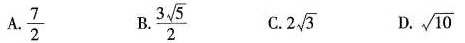
A.\frac{7}{2} B.\frac{3\sqrt{5} }{2} C.2\sqrt{3} D.\sqrt{10}